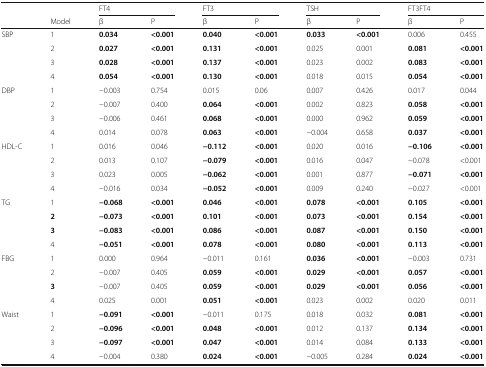
<table><thead><tr><td></td><td></td><td colspan="2"><b>FT4</b></td><td colspan="2"><b>FT3</b></td><td colspan="2"><b>TSH</b></td><td colspan="2"><b>FT3FT4</b></td></tr><tr><td></td><td><b>Model</b></td><td><b>β</b></td><td><b>P</b></td><td><b>β</b></td><td><b>P</b></td><td><b>β</b></td><td><b>P</b></td><td><b>β</b></td><td><b>P</b></td></tr></thead><tbody><tr><td rowspan="4">SBP</td><td>1</td><td><b>0.034</b></td><td><b>&lt;0.001</b></td><td><b>0.040</b></td><td><b>&lt;0.001</b></td><td><b>0.033</b></td><td><b>&lt;0.001</b></td><td>0.006</td><td>0.455</td></tr><tr><td>2</td><td><b>0.027</b></td><td><b>&lt;0.001</b></td><td><b>0.131</b></td><td><b>&lt;0.001</b></td><td>0.025</td><td>0.001</td><td><b>0.081</b></td><td><b>&lt;0.001</b></td></tr><tr><td>3</td><td><b>0.028</b></td><td><b>&lt;0.001</b></td><td><b>0.137</b></td><td><b>&lt;0.001</b></td><td>0.023</td><td>0.002</td><td><b>0.083</b></td><td><b>&lt;0.001</b></td></tr><tr><td>4</td><td><b>0.054</b></td><td><b>&lt;0.001</b></td><td><b>0.130</b></td><td><b>&lt;0.001</b></td><td>0.018</td><td>0.015</td><td><b>0.054</b></td><td><b>&lt;0.001</b></td></tr><tr><td rowspan="4">DBP</td><td>1</td><td>−0.003</td><td>0.754</td><td>0.015</td><td>0.06</td><td>0.007</td><td>0.426</td><td>0.017</td><td>0.044</td></tr><tr><td>2</td><td>−0.007</td><td>0.400</td><td><b>0.064</b></td><td><b>&lt;0.001</b></td><td>0.002</td><td>0.823</td><td><b>0.058</b></td><td><b>&lt;0.001</b></td></tr><tr><td>3</td><td>−0.006</td><td>0.461</td><td><b>0.068</b></td><td><b>&lt;0.001</b></td><td>0.000</td><td>0.962</td><td><b>0.059</b></td><td><b>&lt;0.001</b></td></tr><tr><td>4</td><td>0.014</td><td>0.078</td><td><b>0.063</b></td><td><b>&lt;0.001</b></td><td>−0.004</td><td>0.658</td><td><b>0.037</b></td><td><b>&lt;0.001</b></td></tr><tr><td rowspan="4">HDL-C</td><td>1</td><td>0.016</td><td>0.046</td><td><b>−0.112</b></td><td><b>&lt;0.001</b></td><td>0.020</td><td>0.016</td><td><b>−0.106</b></td><td><b>&lt;0.001</b></td></tr><tr><td>2</td><td>0.013</td><td>0.107</td><td><b>−0.079</b></td><td><b>&lt;0.001</b></td><td>0.016</td><td>0.047</td><td>−0.078</td><td>&lt;0.001</td></tr><tr><td>3</td><td>0.023</td><td>0.005</td><td><b>−0.062</b></td><td><b>&lt;0.001</b></td><td>0.001</td><td>0.877</td><td><b>−0.071</b></td><td><b>&lt;0.001</b></td></tr><tr><td>4</td><td>−0.016</td><td>0.034</td><td><b>−0.052</b></td><td><b>&lt;0.001</b></td><td>0.009</td><td>0.240</td><td>−0.027</td><td>&lt;0.001</td></tr><tr><td rowspan="4">TG</td><td>1</td><td><b>−0.068</b></td><td><b>&lt;0.001</b></td><td><b>0.046</b></td><td><b>&lt;0.001</b></td><td><b>0.078</b></td><td><b>&lt;0.001</b></td><td><b>0.105</b></td><td><b>&lt;0.001</b></td></tr><tr><td><b>2</b></td><td><b>−0.073</b></td><td><b>&lt;0.001</b></td><td><b>0.101</b></td><td><b>&lt;0.001</b></td><td><b>0.073</b></td><td><b>&lt;0.001</b></td><td><b>0.154</b></td><td><b>&lt;0.001</b></td></tr><tr><td><b>3</b></td><td><b>−0.083</b></td><td><b>&lt;0.001</b></td><td><b>0.086</b></td><td><b>&lt;0.001</b></td><td><b>0.087</b></td><td><b>&lt;0.001</b></td><td><b>0.150</b></td><td><b>&lt;0.001</b></td></tr><tr><td>4</td><td><b>−0.051</b></td><td><b>&lt;0.001</b></td><td><b>0.078</b></td><td><b>&lt;0.001</b></td><td><b>0.080</b></td><td><b>&lt;0.001</b></td><td><b>0.113</b></td><td><b>&lt;0.001</b></td></tr><tr><td rowspan="4">FBG</td><td>1</td><td>0.000</td><td>0.964</td><td>−0.011</td><td>0.161</td><td><b>0.036</b></td><td><b>&lt;0.001</b></td><td>−0.003</td><td>0.731</td></tr><tr><td>2</td><td>−0.007</td><td>0.405</td><td><b>0.059</b></td><td><b>&lt;0.001</b></td><td><b>0.029</b></td><td><b>&lt;0.001</b></td><td><b>0.057</b></td><td><b>&lt;0.001</b></td></tr><tr><td><b>3</b></td><td>−0.007</td><td>0.405</td><td><b>0.059</b></td><td><b>&lt;0.001</b></td><td><b>0.029</b></td><td><b>&lt;0.001</b></td><td><b>0.056</b></td><td><b>&lt;0.001</b></td></tr><tr><td>4</td><td>0.025</td><td>0.001</td><td><b>0.051</b></td><td><b>&lt;0.001</b></td><td>0.023</td><td>0.002</td><td>0.020</td><td>0.011</td></tr><tr><td rowspan="4">Waist</td><td>1</td><td><b>−0.091</b></td><td><b>&lt;0.001</b></td><td>−0.011</td><td>0.175</td><td>0.018</td><td>0.032</td><td><b>0.081</b></td><td><b>&lt;0.001</b></td></tr><tr><td>2</td><td><b>−0.096</b></td><td><b>&lt;0.001</b></td><td><b>0.048</b></td><td><b>&lt;0.001</b></td><td>0.012</td><td>0.137</td><td><b>0.134</b></td><td><b>&lt;0.001</b></td></tr><tr><td>3</td><td><b>−0.097</b></td><td><b>&lt;0.001</b></td><td><b>0.047</b></td><td><b>&lt;0.001</b></td><td>0.014</td><td>0.084</td><td><b>0.133</b></td><td><b>&lt;0.001</b></td></tr><tr><td>4</td><td>−0.004</td><td>0.380</td><td><b>0.024</b></td><td><b>&lt;0.001</b></td><td>−0.005</td><td>0.284</td><td><b>0.024</b></td><td><b>&lt;0.001</b></td></tr></tbody></table>